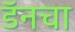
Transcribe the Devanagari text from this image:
डॅनचा